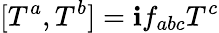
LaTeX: [T^{a},T^{b}]=\mathbf{i}f_{abc}T^{c}